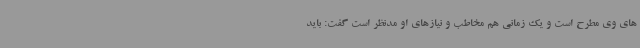
های وی مطرح است و یک زمانی هم مخاطب و نیازهای او مدنظر است گفت: باید